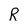
Character: R